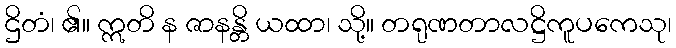
ဌိတံ၊ ၏။ ဣတိ န ဇာနန္တိ ယထာ၊ သို့။ တရုဏတာလဋ္ဌိကူပကေသု၊